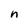
Character: n